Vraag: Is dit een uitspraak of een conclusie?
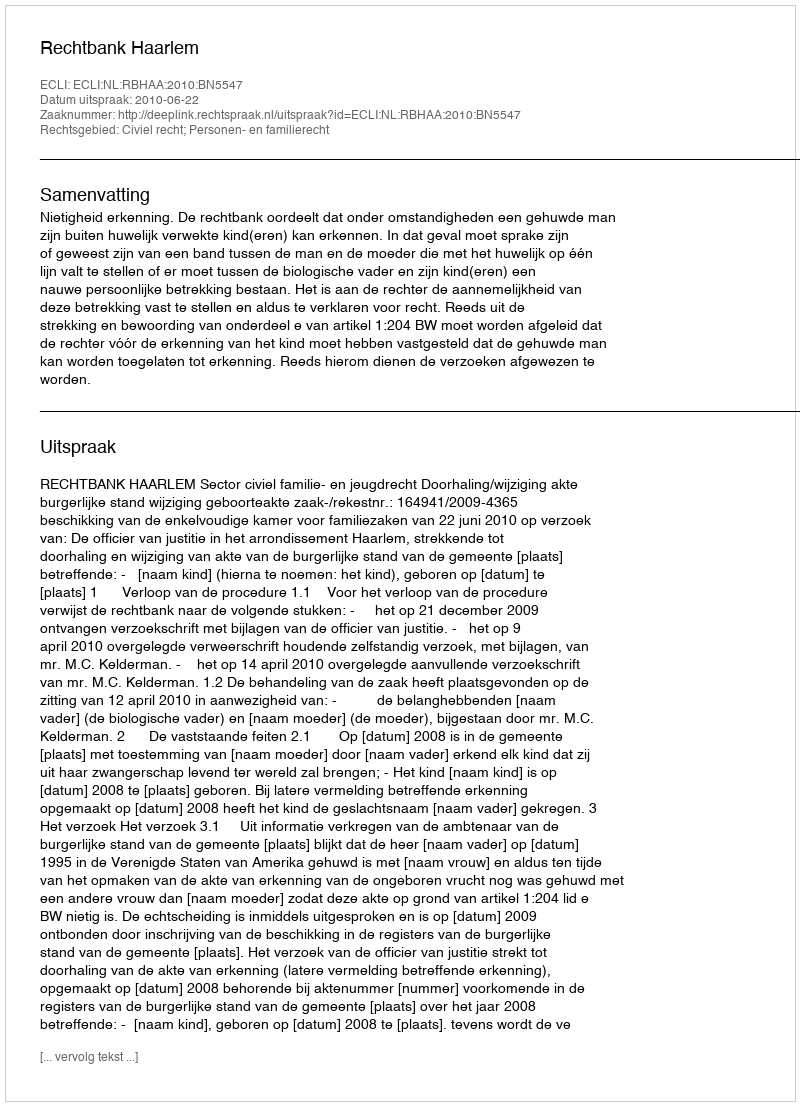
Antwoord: Uitspraak